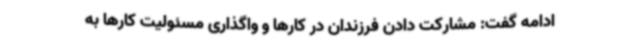
ادامه گفت: مشارکت دادن فرزندان در کارها و واگذاری مسئولیت کارها به